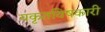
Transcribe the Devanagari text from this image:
यकृतविषकारी